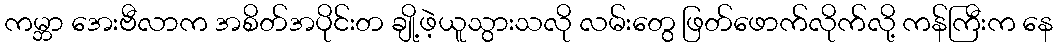
ကမ္ဘာ အေးဗီလာက အစိတ်အပိုင်းတ ချို့ဖဲ့ယူသွားသလို လမ်းတွေ ဖြတ်ဖောက်လိုက်လို့ ကန်ကြီးက နေ